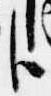
臣